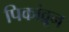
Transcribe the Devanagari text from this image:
पिकांव्रून